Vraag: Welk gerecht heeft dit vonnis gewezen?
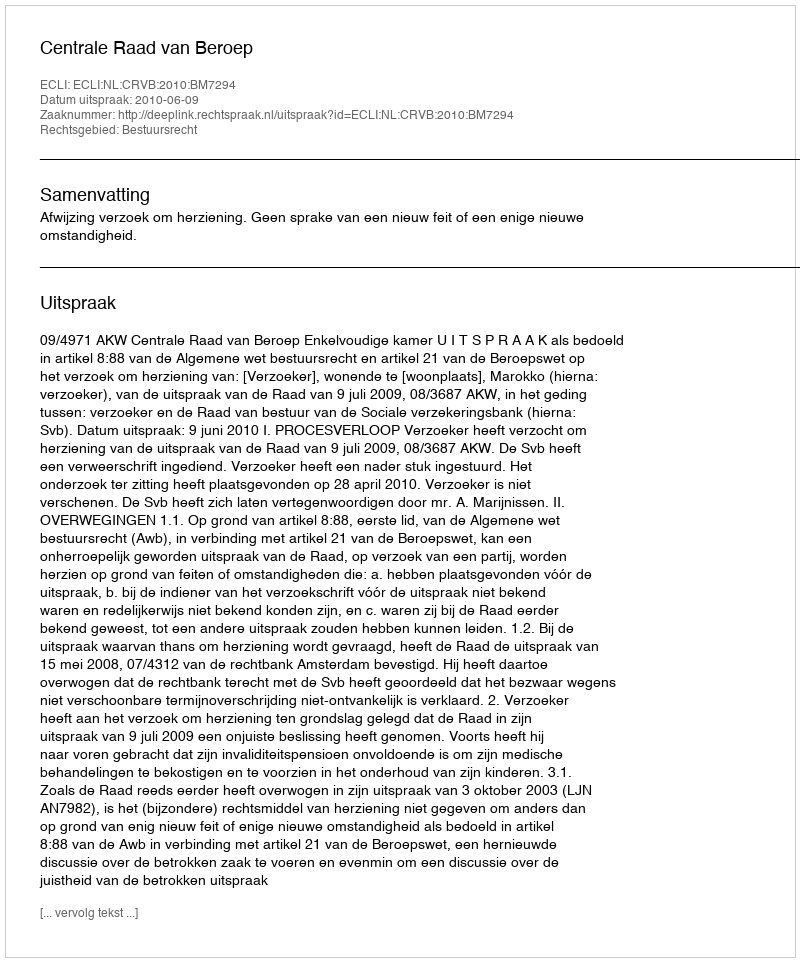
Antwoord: Centrale Raad van Beroep